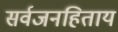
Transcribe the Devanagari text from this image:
सर्वजनहिताय